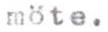
möte.